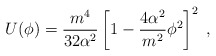
\begin{align*}U(\phi)=\frac{m^4}{32\alpha^2}\left[1-\frac{4\alpha^2}{m^2}\phi^2\right]^2\;,\end{align*}